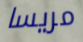
مريسا